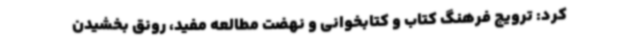
کرد: ترویج فرهنگ کتاب و کتابخوانی و نهضت مطالعه مفید، رونق بخشیدن